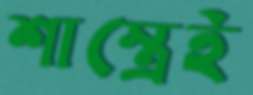
শাস্ত্রেই